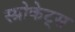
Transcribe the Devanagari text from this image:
स्प्रोकेट्स